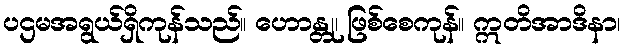
ပဌမအရွယ်ရှိကုန်သည်။ ဟောန္တု၊ ဖြစ်စေကုန်။ ဣတိအာဒိနာ၊